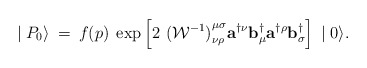
\begin{align*}\mid {P}_{0} \rangle \:=\:f(p)\;\exp \left[ 2\,\,{({\cal W}^{-1})}^{\mu\sigma}_{\nu\rho}{\mathbf a}^{\dagger\nu}{\mathbf b}^{\dagger}_{\mu}{\mathbf a}^{\dagger\rho}{\mathbf b}^{\dagger}_{\sigma}\right]\, \mid 0 \rangle.\end{align*}